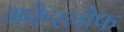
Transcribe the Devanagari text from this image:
अकेरलोफ